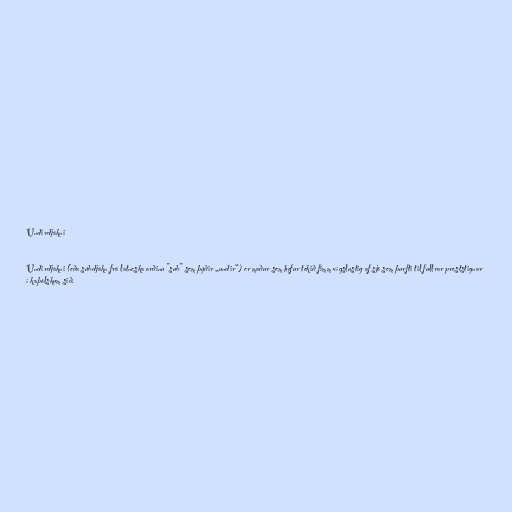
Undirdjákni

Undirdjákni (eða súbdjákn frá latneska orðinu "sub" sem þýðir „undir“) er maður sem hefur tekið fimm vígslustig af sjö sem þurfti til fullrar preststignar
í kaþólskum sið.